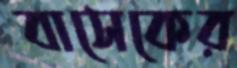
বাসেকের